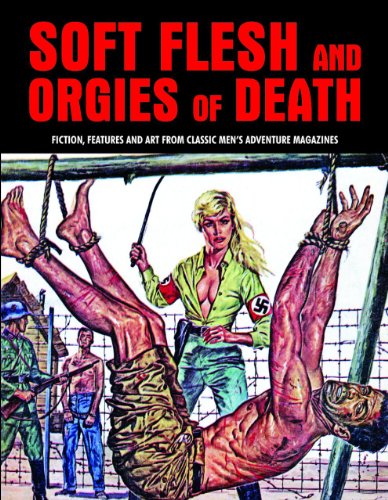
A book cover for Soft Flesh And Orgies Of Death: Fiction, Features & Art From Classic Men's Adventure Magazines (Pulp Mayhem); Literature & Fiction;